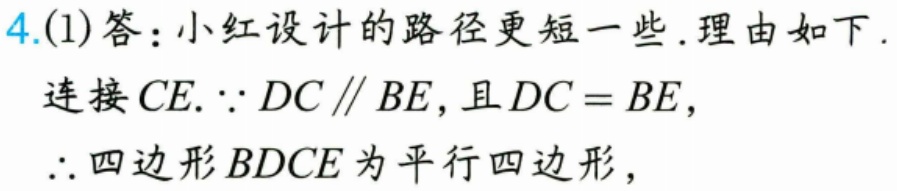
4.(1)答：小红设计的路径更短一些.理由如下.
连接\(CE\).\(\because DC\parallel BE\)，且\(DC = BE\)，
\(\therefore\)四边形\(BDCE\)为平行四边形，